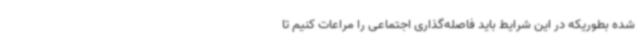
شده بطوریکه در این شرایط باید فاصله‌گذاری اجتماعی را مراعات کنیم تا